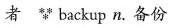
者 backup n.备份